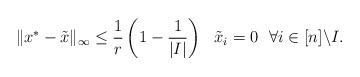
LaTeX: \begin{align*}\|x^*-\tilde x\|_\infty \le {1\over r}\left(1-{1\over |I|}\right) \ \ \tilde x_i=0\ \ \forall i\in[n]\backslash I.\end{align*}